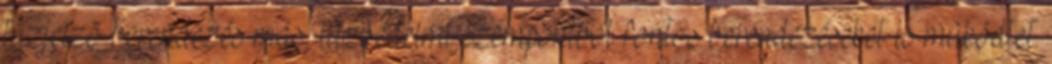
tûzjelzõ berendezés más, tûzvédelmi szempontból fontos berendezéseket is mûködtet.